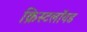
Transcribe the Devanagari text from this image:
क्रिस्टलॉयड